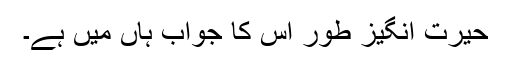
حیرت انگیز طور اس کا جواب ہاں میں ہے۔